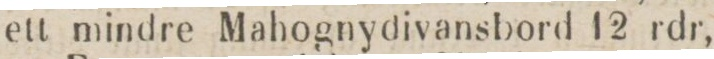
ett mindre Mahognydivansbord 12 rdr,